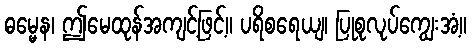
ဓမ္မေန၊ ဤမေထုန်အကျင့်ဖြင့်။ ပရိစရေယျ၊ ပြုစုလုပ်ကျွေးအံ့။